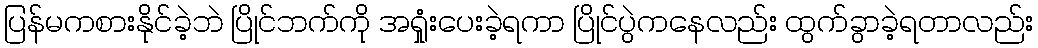
ပြန်မကစားနိုင်ခဲ့ဘဲ ပြိုင်ဘက်ကို အရှုံးပေးခဲ့ရကာ ပြိုင်ပွဲကနေလည်း ထွက်ခွာခဲ့ရတာလည်း